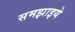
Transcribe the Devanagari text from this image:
समझाइये